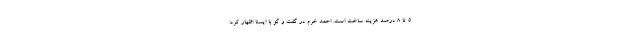
۵ تا ۸ درصد هزینه ساخت است. احمد خرم در گفت و گو با ایسنا اظهار کرد: